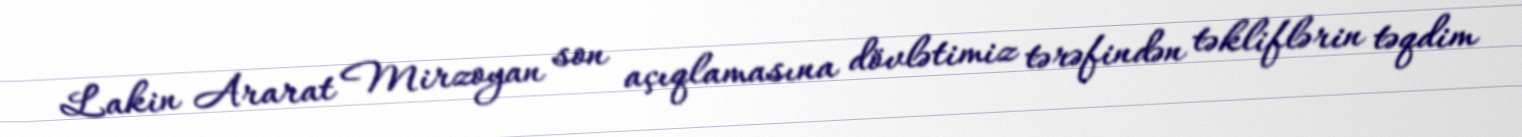
Lakin Ararat Mirzoyan son açıqlamasına dövlətimiz tərəfindən təkliflərin təqdim